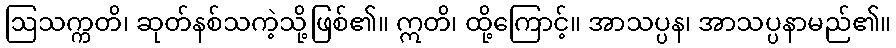
ဩသက္ကတိ၊ ဆုတ်နစ်သကဲ့သို့ဖြစ်၏။ ဣတိ၊ ထို့ကြောင့်။ အာသပ္ပန၊ အာသပ္ပနာမည်၏။